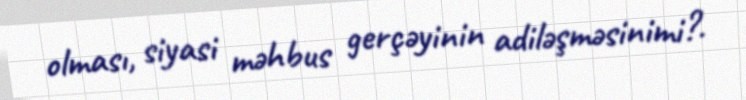
olması, siyasi məhbus gerçəyinin adiləşməsinimi?.